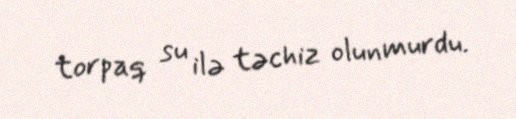
torpaq su ilə təchiz olunmurdu.